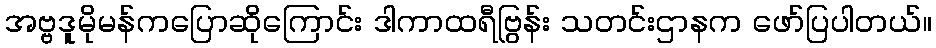
အဗ္ဗဒူမိုမန်ကပြောဆိုကြောင်း ဒါကာထရီဗြွန်း သတင်းဌာနက ဖော်ပြပါတယ်။